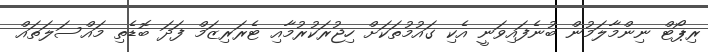
ރިޕޯޓް ނިންމާލަމުން ބުނެފައިވަނީ އެކި ގައުމުތަކަށް ހިޖުރަކުރުމާއި ޓެރަރިޒަމް ފަދަ ބޮޑެތި މައްސަލަތައް